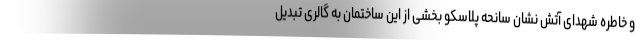
و خاطره شهدای آتش نشان سانحه پلاسکو بخشی از این ساختمان به گالری تبدیل